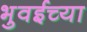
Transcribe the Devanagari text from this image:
भुवईच्या